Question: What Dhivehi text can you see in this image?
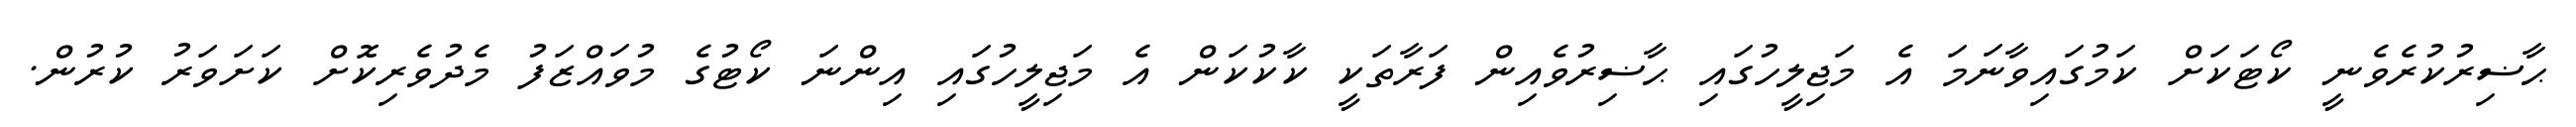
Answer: ޙާޟިރުކުރެވެނީ ކޯޓަކަށް ކަމުގައިވާނަމަ އެ މަޖިލީހުގައި ޙާޟިރުވެއިން ފަރާތަކީ ކާކުކަން އެ މަޖިލީހުގައި އިންނަ ކޯޓުގެ މުވައްޒަފު މެދުވެރިކޮށް ކަށަވަރު ކުރުން.